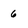
Character: 6